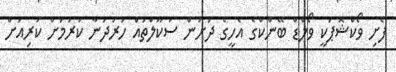
ފެށި ވޯކްޝޮޕަކީ ވޯލްޑް ބޭންކްގެ އެހީގެ ދަށުން ސުކޫލްތައް ހަރުދަނާ ކުރުމަށް ކުރިއަށް